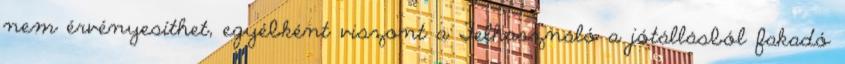
nem érvényesíthet, egyébként viszont a Felhasználó a jótállásból fakadó